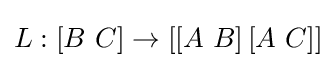
L:\left[B\ C\right]\to \left[\left[A\ B\right]\left[A\ C\right]\right]